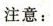
注意: